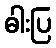
ဓါးပြ